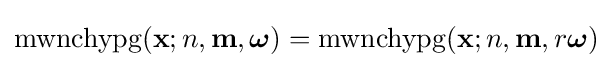
\operatorname {mwnchypg} (\mathbf {x} ;n,\mathbf {m} ,{\boldsymbol {\omega }})=\operatorname {mwnchypg} (\mathbf {x} ;n,\mathbf {m} ,r{\boldsymbol {\omega }})